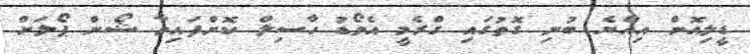
ޑީލިއޮން އިއްޔެ ބުނި ގޮތުގައި ގްރެމީ އެވޯޑު ހާސިލް ކޮށްފައިވާ ޝޯން ޕޯލަށް